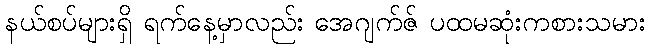
နယ်စပ်များရှိ ရက်နေ့မှာလည်း အေဂျက်ဇ် ပထမဆုံးကစားသမား